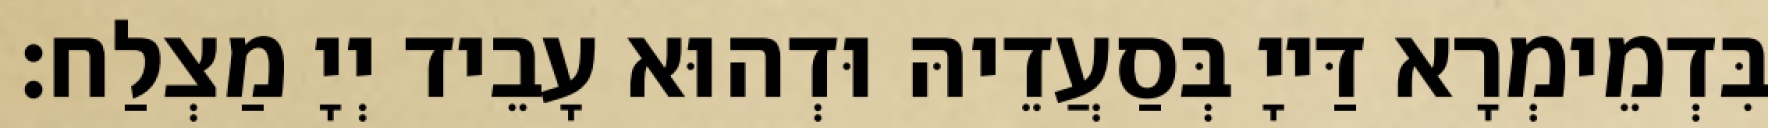
בִּדְמֵימְרָא דַּייָ בְּסַעֲדֵיהּ וּדְהוּא עָבֵיד יְיָ מַצְלַח׃